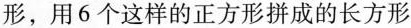
形，用6个这样的正方形拼成的长方形